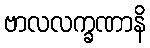
ဗာလလက္ခဏာနိ